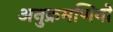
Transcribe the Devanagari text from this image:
अनुक्रमणियों